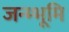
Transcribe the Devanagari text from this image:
जन्म्भूमि